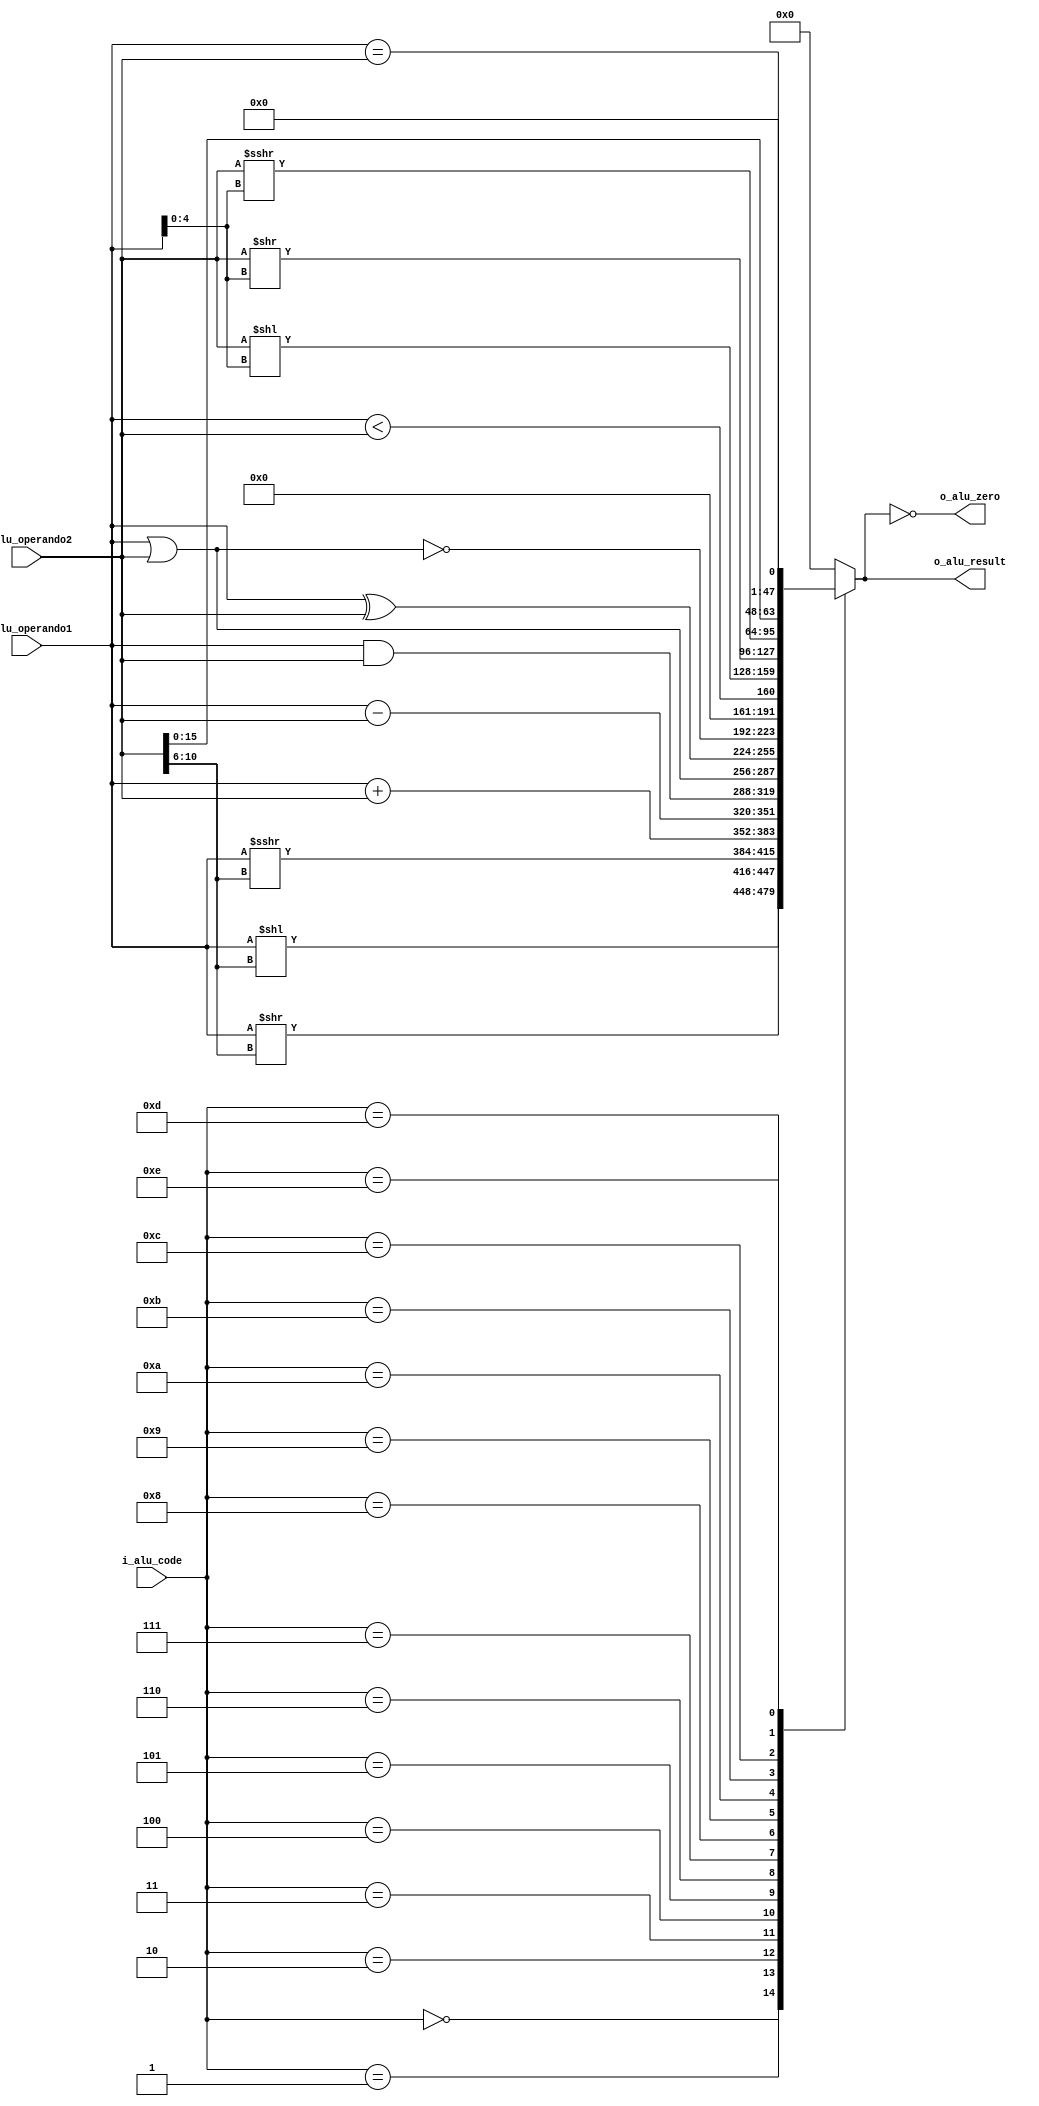
`timescale 1ns / 1ps

module ALU#(
    parameter   NB_DATA = 32,
    parameter   NB_ALUCODE = 4,

    parameter   SLL_ALUCODE     =   4'b0000,
    parameter   SRL_ALUCODE     =   4'b0001,
    parameter   SRA_ALUCODE     =   4'b0010,
    parameter   ADD_ALUCODE     =   4'b0011,
    parameter   SUB_ALUCODE     =   4'b0100,
    parameter   AND_ALUCODE     =   4'b0101,
    parameter   OR_ALUCODE      =   4'b0110,
    parameter   XOR_ALUCODE     =   4'b0111,
    parameter   NOR_ALUCODE     =   4'b1000,
    parameter   SLT_ALUCODE     =   4'b1001,
    parameter   SLLV_ALUCODE    =   4'b1010,
    parameter   SRLV_ALUCODE    =   4'b1011,
    parameter   SRAV_ALUCODE    =   4'b1100,
    parameter   LUI_ALUCODE     =   4'b1101,
    parameter   BNE_ALUCODE     =   4'b1110

)(
    input [NB_DATA-1:0] i_alu_operando1,    
    input [NB_DATA-1:0] i_alu_operando2,
    input [NB_ALUCODE-1:0] i_alu_code,

    output o_alu_zero,
    output  reg [NB_DATA-1:0] o_alu_result
);

wire signed [NB_DATA-1:0] i_alu_operando1_signed;
wire signed [NB_DATA-1:0] i_alu_operando2_signed;

assign i_alu_operando1_signed = i_alu_operando1;
assign i_alu_operando2_signed = i_alu_operando2;

always@(*) begin
    case(i_alu_code)
        SLL_ALUCODE     : o_alu_result = i_alu_operando1 << i_alu_operando2[10:6];      //  SLL Shift left logical (rt<<offset[10:6](sa))
        SRL_ALUCODE     : o_alu_result = i_alu_operando1 >> i_alu_operando2[10:6];      // SRL Shift right logical (rt>>offset[10:6](sa))
        SRA_ALUCODE     : o_alu_result = i_alu_operando1_signed >>> i_alu_operando2[10:6];     // SRA  Shift right arithmetic (rt>>>offset[10:6](sa))
        ADD_ALUCODE     : o_alu_result = i_alu_operando1 + i_alu_operando2;       // ADD Sum (rs+rt)
        SUB_ALUCODE     : o_alu_result = i_alu_operando1 - i_alu_operando2;       // SUB Substract (rs-rt)
        AND_ALUCODE     : o_alu_result = i_alu_operando1 & i_alu_operando2;       // AND Logical and (rs&rt)
        OR_ALUCODE      : o_alu_result = i_alu_operando1 | i_alu_operando2;       // OR Logical or (rs|rt)
        XOR_ALUCODE     : o_alu_result = i_alu_operando1 ^ i_alu_operando2;       // XOR Logical xor (rs^rt)
        NOR_ALUCODE     : o_alu_result = ~(i_alu_operando1 | i_alu_operando2);    // NOR Logical nor ~(rs|rt)
        SLT_ALUCODE     : o_alu_result = i_alu_operando1 < i_alu_operando2;       // SLT Compare (rs<rt)
        SLLV_ALUCODE    : o_alu_result = i_alu_operando2 << i_alu_operando1[4:0];      // SLLV (rt<<rs[4:0])
        SRLV_ALUCODE    : o_alu_result = i_alu_operando2 >> i_alu_operando1[4:0];      // SRLV (rt>>rs[4:0])
        SRAV_ALUCODE    : o_alu_result = i_alu_operando2_signed >>> i_alu_operando1[4:0];     // SRAV (rt>>>rs[4:0])
        LUI_ALUCODE     : o_alu_result = i_alu_operando2 << 16;                         // LUI (rt<<16)
        BNE_ALUCODE     : o_alu_result = (i_alu_operando1 == i_alu_operando2);        // NEQ         
        default         : o_alu_result = {NB_DATA{1'b0}}; 
    endcase
end

assign o_alu_zero = (o_alu_result == 0);

endmodule